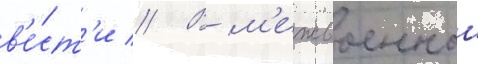
в'е́ст'и // В м'ежвоенныи